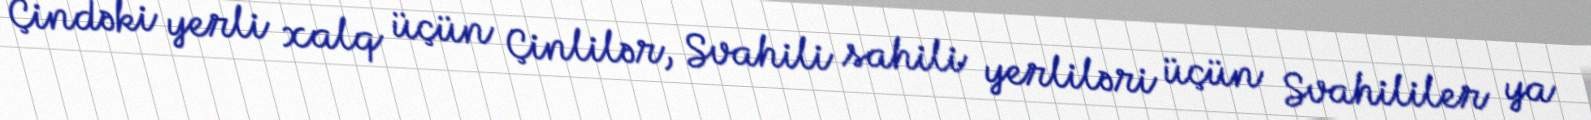
Çindəki yerli xalq üçün Çinlilər, Svahili sahili yerliləri üçün Svahililer ya